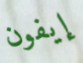
إيفون